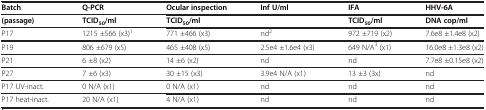
<table><thead><tr><td><b>Batch</b></td><td><b>Q-PCR</b></td><td><b>Ocular inspection</b></td><td><b>Inf U/ml</b></td><td><b>IFA</b></td><td><b>HHV-6A</b></td></tr></thead><tbody><tr><td><b>(passage)</b></td><td><b>TCID<sub>50</sub>/ml</b></td><td><b>TCID<sub>50</sub>/ml</b></td><td> </td><td><b>TCID<sub>50</sub>/ml</b></td><td><b>DNA cop/ml</b></td></tr><tr><td>P17</td><td>1215 ±566 (x3)<sup>1</sup></td><td>771 ±466 (x3)</td><td>nd<sup>2</sup></td><td>972 ±719 (x2)</td><td>7.6e8 ±1.4e8 (x2)</td></tr><tr><td>P19</td><td>806 ±679 (x5)</td><td>465 ±408 (x5)</td><td>2.5e4 ±1.6e4 (x3)</td><td>649 N/A<sup>3</sup> (x1)</td><td>16.0e8 ±1.3e8 (x2)</td></tr><tr><td>P21</td><td>6 ±8 (x2)</td><td>14 ±6 (x2)</td><td>nd</td><td>nd</td><td>7.7e8 ±0.15e8 (x2)</td></tr><tr><td>P27</td><td>7 ±6 (x3)</td><td>30 ±15 (x3)</td><td>3.9e4 N/A (x1)</td><td>13 ±3 (3x)</td><td>nd</td></tr><tr><td>P17 UV-inact.</td><td>0 N/A (x1)</td><td>0 N/A (x1)</td><td>nd</td><td>nd</td><td>nd</td></tr><tr><td>P17 heat-inact.</td><td>20 N/A (x1)</td><td>4 N/A (x1)</td><td>nd</td><td>nd</td><td>nd</td></tr></tbody></table>